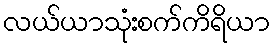
လယ်ယာသုံးစက်ကိရိယာ